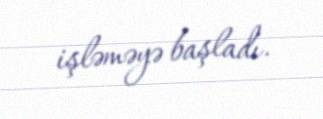
işləməyə başladı.